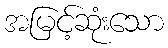
အမြင့်ဆုံးသော